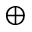
\oplus